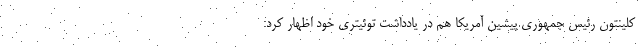
کلینتون رئیس جمهوری پیشین آمریکا هم در یادداشت توئیتری خود اظهار کرد: